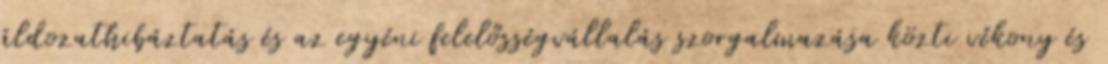
áldozathibáztatás és az egyéni felelősségvállalás szorgalmazása közti vékony és